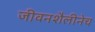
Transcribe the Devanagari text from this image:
जीवनशैलीनेच